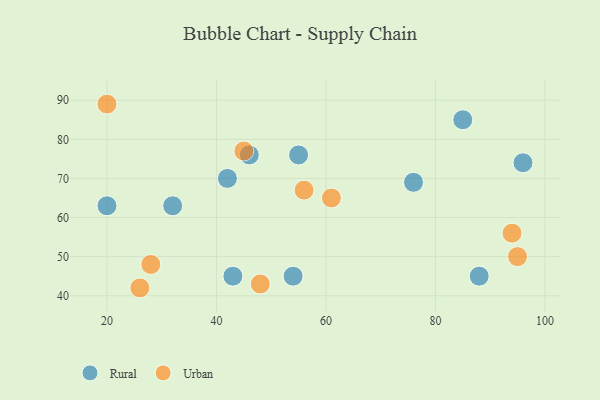
{"axis": {"x": "GDP", "y": "Life Expectancy"}, "legend": ["Rural", "Urban"], "data": [{"x": "42", "y": 70, "type": "Rural"}, {"x": "32", "y": 63, "type": "Rural"}, {"x": "55", "y": 76, "type": "Rural"}, {"x": "88", "y": 45, "type": "Rural"}, {"x": "54", "y": 45, "type": "Rural"}, {"x": "96", "y": 74, "type": "Rural"}, {"x": "76", "y": 69, "type": "Rural"}, {"x": "20", "y": 63, "type": "Rural"}, {"x": "85", "y": 85, "type": "Rural"}, {"x": "46", "y": 76, "type": "Rural"}, {"x": "43", "y": 45, "type": "Rural"}, {"x": "45", "y": 77, "type": "Urban"}, {"x": "48", "y": 43, "type": "Urban"}, {"x": "20", "y": 89, "type": "Urban"}, {"x": "56", "y": 67, "type": "Urban"}, {"x": "61", "y": 65, "type": "Urban"}, {"x": "95", "y": 50, "type": "Urban"}, {"x": "26", "y": 42, "type": "Urban"}, {"x": "94", "y": 56, "type": "Urban"}, {"x": "28", "y": 48, "type": "Urban"}]}